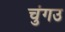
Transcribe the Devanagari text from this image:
चुंगउ